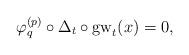
LaTeX: \begin{align*}\varphi_q^{(p)} \circ \Delta_t\circ {\rm gw}_t(x) = 0,\end{align*}